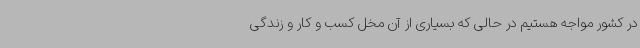
در کشور مواجه هستیم در حالی که بسیاری از آن مخل کسب و کار و زندگی